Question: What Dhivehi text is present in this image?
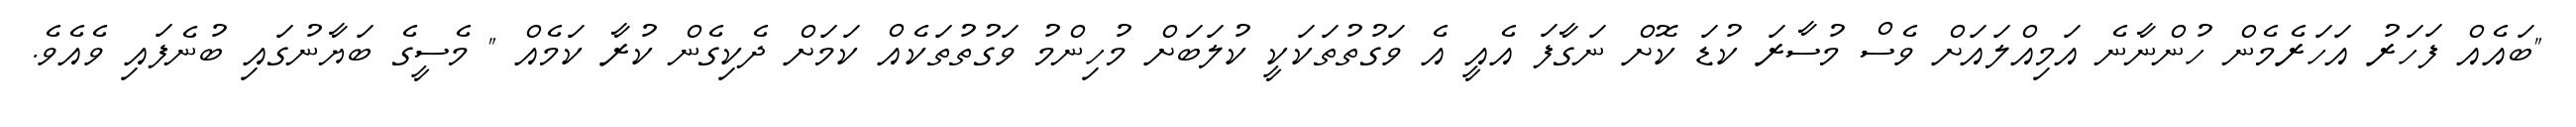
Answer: "ބައެއް ފަހަރު އަހަރެމެން ހުންނާނެ އަމިއްލައަށް ވެސް މުސާރަ ކުޑަ ކޮށް ނަގާފަ އެއީ އެ ވަގުތުތަކަކީ ކުލަބަށް މުހިންމު ވަގުތުތަކެއް ކަމަށް ދެކިގެން ކުރާ ކަމެއް " މެސީގެ ބަޔާނުގައި ބުނެފައި ވެއެވެ.